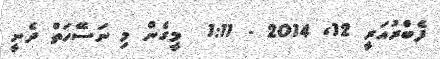
ފެބްރުއަރީ 12